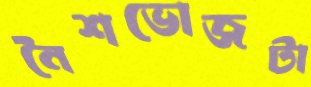
নৈশভোজটা